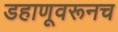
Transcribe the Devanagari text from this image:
डहाणूवरूनच